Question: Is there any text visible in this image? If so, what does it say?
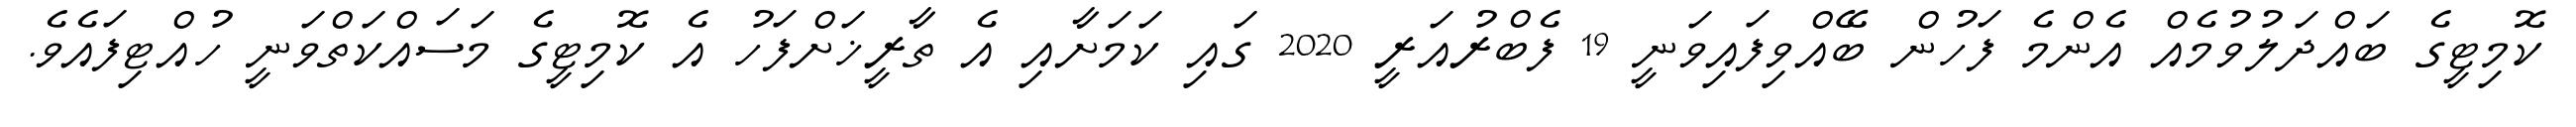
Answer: ކޮމިޓީގެ ބައްދަލުވުމެއް އެންމެ ފަހުން ބޭއްވިފައިވަނީ 19 ފެބްރުއަރީ 2020 ގައި ކަމަށާއި އެ ތާރީޚަށްފަހު އެ ކޮމިޓީގެ މަސައްކަތްވަނީ ހުއްޓިފައެވެ.